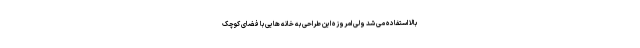
بالا استفاده می شد ولی امروزه این طراحی به خانه هایی با فضای کوچک